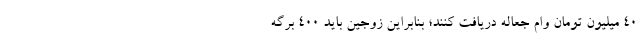
۴۰ میلیون تومان وام جعاله دریافت کنند؛ بنابراین زوجین باید ۴۰۰ برگه